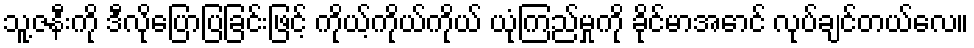
သူ့ဇနီးကို ဒီလိုပြောပြခြင်းဖြင့် ကိုယ့်ကိုယ်ကိုယ် ယုံကြည်မှုကို ခိုင်မာအောင် လုပ်ချင်တယ်လေ။